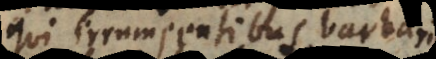
qui irrumpentibus barbaris